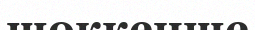
шөккенше